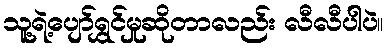
သူ့ရဲ့ပျော်ရွှင်မှုဆိုတာလည်း လီလီပါပဲ။